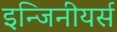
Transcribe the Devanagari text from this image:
इन्जिनीयर्स